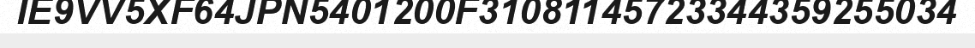
IE9VV5XF64JPN5401200F31081145723344359255034